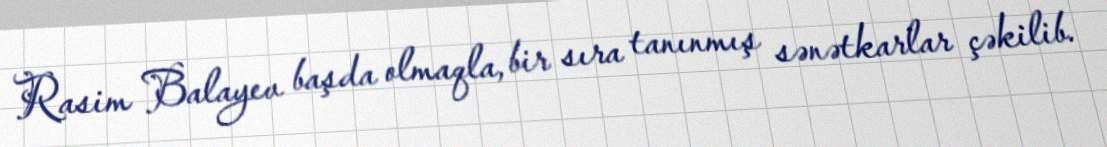
Rasim Balayev başda olmaqla, bir sıra tanınmış sənətkarlar çəkilib.